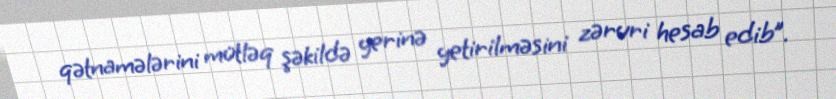
qətnamələrini mütləq şəkildə yerinə yetirilməsini zəruri hesab edib”.